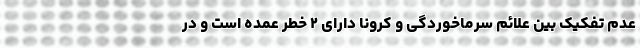
عدم تفکیک بین علائم سرماخوردگی و کرونا دارای ۲ خطر عمده است و در